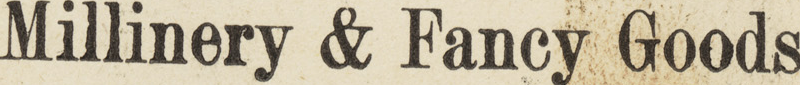
Millinery & Fancy Goods